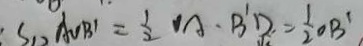
S _ { \Delta A O B ^ { \prime } } = \frac { 1 } { 2 } O A \cdot B ^ { \prime } D = \frac { 1 } { 2 } O B ^ { \prime }